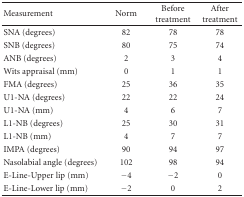
| Measurement | Norm | Before treatment | After treatment |
 | --- | --- | --- | --- |
 | SNA (degrees) | 82 | 78 | 78 |
 | SNB (degrees) | 80 | 75 | 74 |
 | ANB (degrees) | 2 | 3 | 4 |
 | Wits appraisal (mm) | 0 | 1 | 1 |
 | FMA (degrees) | 25 | 36 | 35 |
 | U1-NA (degrees) | 22 | 22 | 24 |
 | U1-NA (mm) | 4 | 6 | 7 |
 | L1-NB (degrees) | 25 | 30 | 31 |
 | L1-NB (mm) | 4 | 7 | 7 |
 | IMPA (degrees) | 90 | 94 | 97 |
 | Nasolabial angle (degrees) | 102 | 98 | 94 |
 | E-Line-Upper lip (mm) | −4 | −2 | 0 |
 | E-Line-Lower lip (mm) | −2 | 0 | 2 |